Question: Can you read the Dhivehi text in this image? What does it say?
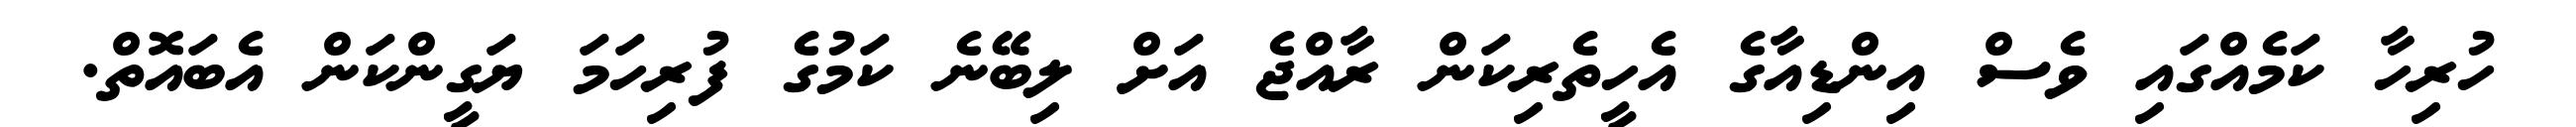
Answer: ހުރިހާ ކަމެއްގައި ވެސް އިންޑިއާގެ އެހީތެރިކަން ރާއްޖެ އަށް ލިބޭނެ ކަމުގެ ފުރިހަމަ ޔަގީންކަން އެބައޮތް.